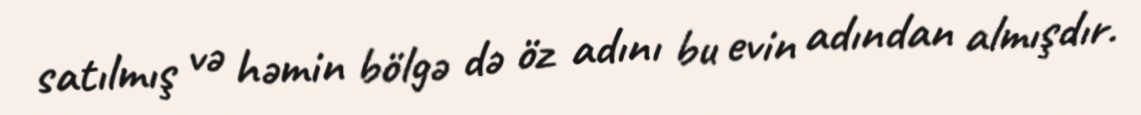
satılmış və həmin bölgə də öz adını bu evin adından almışdır.